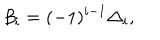
\beta _ { i } = ( - 1 ) ^ { i - 1 } \Delta _ { i } ,